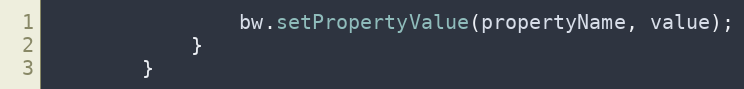
Language: Java
                bw.setPropertyValue(propertyName, value);
            }
        }